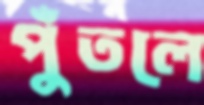
পুঁতলে